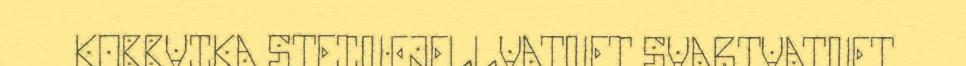
KOBBVIKA STEINFJELLVATNET SVARTVATNET